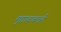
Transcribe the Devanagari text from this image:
मुद्याबाबतही